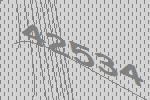
42534